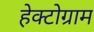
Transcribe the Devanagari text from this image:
हेक्टोग्राम